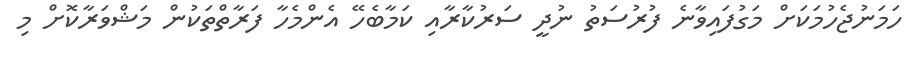
ހަމަނުޖެހުމަކަށް މަގުފައިވާނެ ފުރުސަތު ނުދީ ސަރުކާރާއި ކަމާބެހޭ އެންމެހާ ފަރާތްތަކުން މަޝްވަރާކޮށް މި